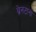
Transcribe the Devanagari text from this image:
ब्रेनटानो